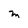
Character: M